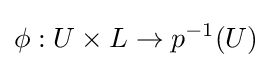
\phi :U\times L\to p^{-1}(U)